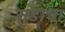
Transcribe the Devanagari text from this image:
सुडाचा